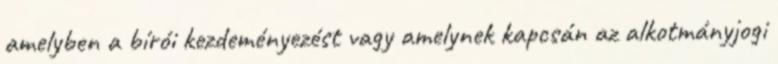
amelyben a bírói kezdeményezést vagy amelynek kapcsán az alkotmányjogi